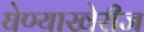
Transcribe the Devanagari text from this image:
घेण्याखेरीज